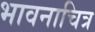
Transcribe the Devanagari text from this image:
भावनाचित्र